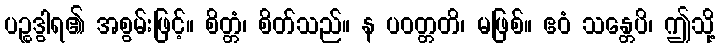
ပဉ္စဒွါရ၏ အစွမ်းဖြင့်။ စိတ္တံ၊ စိတ်သည်။ န ပဝတ္တတိ၊ မဖြစ်။ ဧဝံ သန္တေပိ၊ ဤသို့